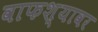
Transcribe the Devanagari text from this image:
वाफश्यावर